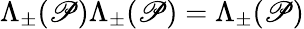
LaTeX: \Lambda_{\pm}(\mathscr{P})\Lambda_{\pm}(\mathscr{P})=\Lambda_{\pm}(\mathscr{P})